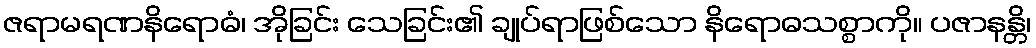
ဇရာမရဏနိရောဓံ၊ အိုခြင်း သေခြင်း၏ ချုပ်ရာဖြစ်သော နိရောဓသစ္စာကို။ ပဇာနန္တိ၊